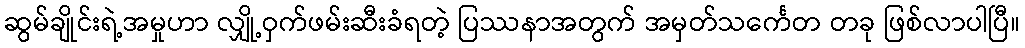
ဆွမ်ချိုင်းရဲ့အမှုဟာ လျှို့ဝှက်ဖမ်းဆီးခံရတဲ့ ပြဿနာအတွက် အမှတ်သင်္ကေတ တခု ဖြစ်လာပါပြီ။